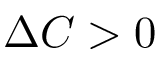
\Delta C > 0